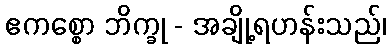
ဧကစ္စော ဘိက္ခု - အချို့ရဟန်းသည်၊